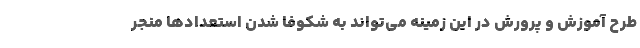
طرح آموزش و پرورش در این زمینه می‌تواند به شکوفا شدن استعدادها منجر